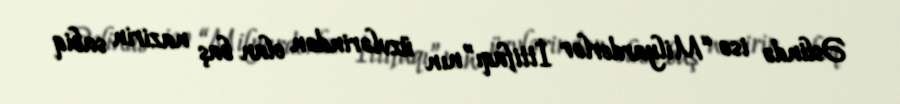
Əslində isə “Milyarderlər İttifaqı”nın üzvlərindən olan baş nazirin sabiq